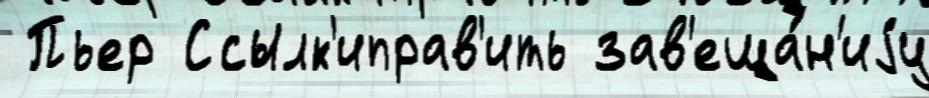
 Пьер Ссылк'иправ'ить зав'еща́н'иjу